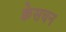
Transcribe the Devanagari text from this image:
क्वेसचन